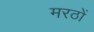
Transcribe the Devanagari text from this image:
मरठों